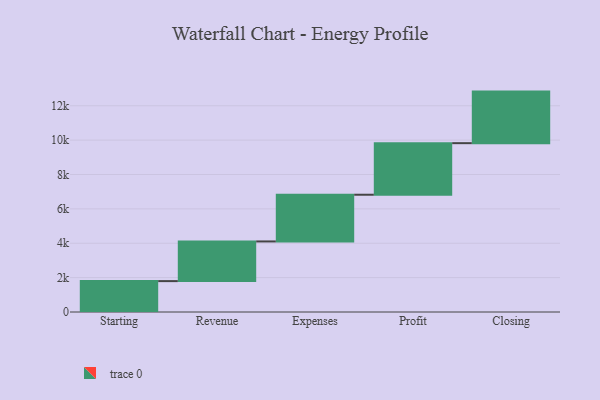
{"axis": {"x": "Step", "y": "Value"}, "legend": [""], "data": [{"x": "Starting", "y": 1797.0, "type": ""}, {"x": "Revenue", "y": 2308.0, "type": ""}, {"x": "Expenses", "y": 2718.0, "type": ""}, {"x": "Profit", "y": 3000, "type": ""}, {"x": "Closing", "y": 3000, "type": ""}]}